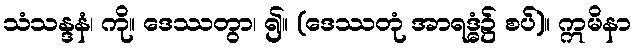
သံသန္ဒနံ၊ ကို။ ဒေဿတွာ၊ ၍။ (ဒေဿတုံ အာရဒ္ဓံ၌ စပ်)။ ဣမိနာ